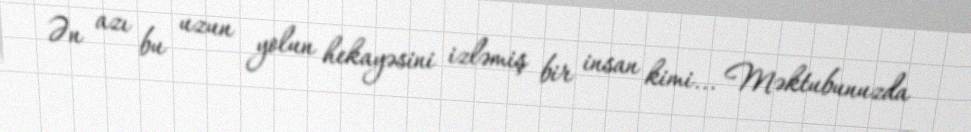
Ən azı bu uzun yolun hekayəsini izləmiş bir insan kimi... Məktubunuzda